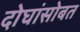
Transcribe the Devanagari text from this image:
दोघांसोबत